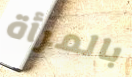
بالمرأة